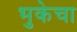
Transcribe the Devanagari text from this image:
भुकेचा